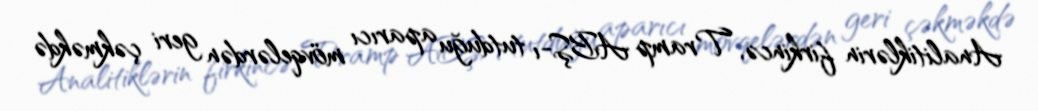
Analitiklərin firkincə, Tramp ABŞ-ı tutduğu aparıcı mövqelərdən geri çəkməkdə